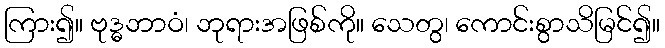
ကြား၍။ ဗုဒ္ဓဘာဝံ၊ ဘုရားအဖြစ်ကို။ သေတွ၊ ကောင်းစွာသိမြင်၍။